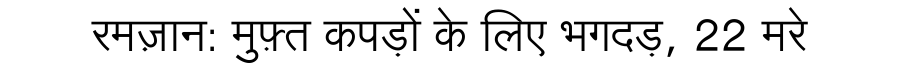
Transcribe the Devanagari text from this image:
रमज़ान: मुफ़्त कपड़ों के लिए भगदड़, 22 मरे